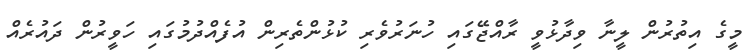
މީގެ އިތުރުން ލީނާ ވިދާޅުވީ ރާއްޖޭގައި ހުނަރުވެރި ކުޅުންތެރިން އުފެއްދުމުގައި ހަވީރުން ދައުރެއް